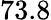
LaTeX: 73.8